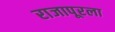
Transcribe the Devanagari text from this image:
राजापूरला